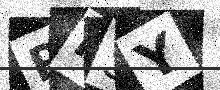
Text: RF5Y